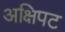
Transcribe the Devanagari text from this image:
अक्षिपट